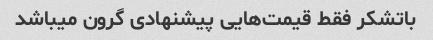
باتشکر فقط قیمت‌هایی پیشنهادی گرون میباشد